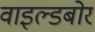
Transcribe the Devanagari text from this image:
वाइल्डबोर